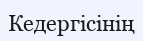
Кедергісінің